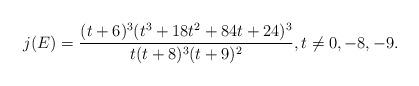
LaTeX: \begin{align*}j(E) = \frac{(t+6)^3(t^3 + 18t^2 + 84t + 24)^3}{t(t+8)^3(t+9)^2}, t\neq 0,-8,-9.\end{align*}